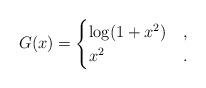
LaTeX: \begin{align*}G(x)=\begin{cases}\log(1+x^2)&,\\x^2&.\end{cases}\end{align*}